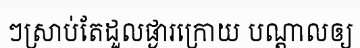
ៗស្រាប់តែដួលផ្ងារក្រោយ បណ្តាលឲ្យ